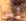
أبي